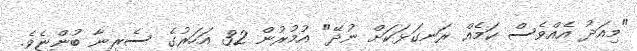
"މިއަދު އެއްވެސް ކަމެއް ރަނގަޅަކަށް ނުދޭ" އުމުރުން 32 އަހަރުގެ ސެރީނާ ބުންޏެވެ.